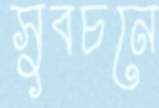
সুবচনে